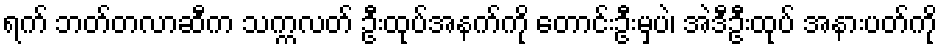
ရက် ဘတ်တလာဆီက သက္ကလတ် ဦးထုပ်အနက်ကို တောင်းဦးမှပဲ၊ အဲဒီဦးထုပ် အနားပတ်ကို